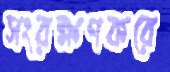
সংরক্ষণকরে